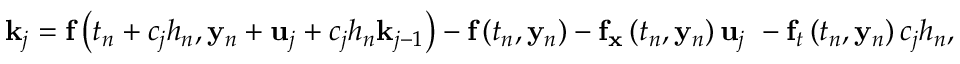
\mathbf { k } _ { j } = \mathbf { f } \left( t _ { n } + c _ { j } h _ { n } , \mathbf { y } _ { n } + \mathbf { u } _ { j } + c _ { j } h _ { n } \mathbf { k } _ { j - 1 } \right) - \mathbf { f } \left( t _ { n } , \mathbf { y } _ { n } \right) - \mathbf { f } _ { \mathbf { x } } \left( t _ { n } , \mathbf { y } _ { n } \right) \mathbf { u } _ { j } \ - \mathbf { f } _ { t } \left( t _ { n } , \mathbf { y } _ { n } \right) c _ { j } h _ { n } ,